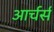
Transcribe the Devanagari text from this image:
आर्चर्स